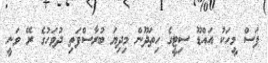
ފަސް މީހަކު އައްޑޫ ސިޓީގެ ހިތަދޫން މިދިޔަ ބުރާސްފަތި ދުވަހުގެ ރޭ ވަނީ